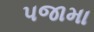
પજામા